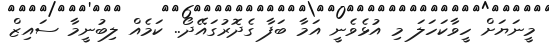
މީނަޔަށް ހީވާކަހަލަ މި އުޅެވެނީ އަމާ ބަފާ ގެދޮރުގައޭދޯ.. ކަމެއް ލިބުނީމާ ސައިޒް